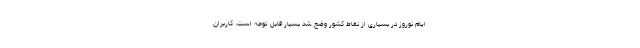
ایام نوروز در بسیاری از نقاط کشور وضع شد بسیار قابل توجه است. کاربران